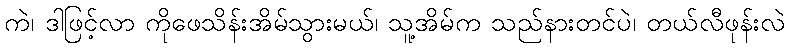
ကဲ၊ ဒါဖြင့်လာ ကိုဖေသိန်းအိမ်သွားမယ်၊ သူ့အိမ်က သည်နားတင်ပဲ၊ တယ်လီဖုန်းလဲ